Indian journal of veterinary science and animal husbandry - Volumes 24-25, 1954-1955
Year: 1954
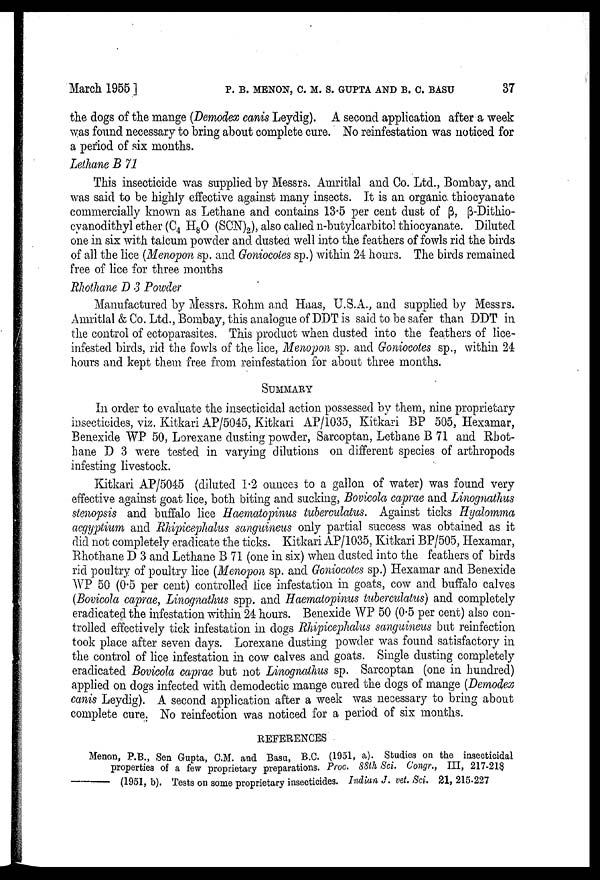
March 1955] P. B. MENON, C. M. S. GUPTA AND B. C. BASU 37
the dogs of the mange (Demodex canis Leydig). A second application after a week
was found necessary to bring about complete cure. No reinfestation was noticed for
a period of six months.
Lethane B 71
This insecticide was supplied by Messrs. Amritlal and Co. Ltd., Bombay, and
was said to be highly effective against many insects. It is an organic thiocyanate
commercially known as Lethane and contains 13.5 per cent dust of β, β-Dithio-
cyanodithyl ether (C 4 H 8 O (SCN) 2 ), also called n-butylcarbitol thiocyanate. Diluted
one in six with talcum powder and dusted well into the feathers of fowls rid the birds
of all the lice (Menopon sp. and Goniocotes sp.) within 24 hours. The birds remained
free of lice for three months
Rhothane D 3 Powder
Manufactured by Messrs. Rohm and Haas, U.S.A., and supplied by Messrs.
Amritlal & Co. Ltd., Bombay, this analogue of DDT is said to be safer than DDT in
the control of ectoparasites. This product when dusted into the feathers of lice-
infested birds, rid the fowls of the lice, Menopon sp. and Goniocotes sp., within 24
hours and kept them free from reinfestation for about three months.
SUMMARY
In order to evaluate the insecticidal action possessed by them, nine proprietary
insecticides, viz. Kitkari AP/5045, Kitkari AP/1035, Kitkari BP 505, Hexamar,
Benexide WP 50, Lorexane dusting powder, Sarcoptan, Lethane B 71 and Rhot
hane D 3 were tested in varying dilutions on different species of arthropods
infesting livestock.
Kitkari AP/5045 (diluted 1.2 ounces to a gallon of water) was found very
effective against goat lice, both biting and sucking, Bovicola caprae and Linognathus
stenopsis and buffalo lice Haematopinus tuberculatus. Against ticks Hyalomma
aegyptium and Rhipicephalus sanguineus only partial success was obtained as it
did not completely eradicate the ticks. Kitkari AP/1035, Kitkari BP/505, Hexamar,
Rhothane D 3 and Lethane B 71 (one in six) when dusted into the feathers of birds
rid poultry of poultry lice (Menopon sp. and Goniocotes sp.) Hexamar and Benexide
WP 50 (0.5 per cent) controlled lice infestation in goats, cow and buffalo calves
(Bovicola caprae, Linognathus spp. and Haematopinus tuberculatus) and completely
eradicated the infestation within 24 hours. Benexide WP 50 (0.5 per cent) also con
trolled effectively tick infestation in dogs Rhipicephalus sanguineus but reinfection
took place after seven days. Lorexane dusting powder was found satisfactory in
the control of lice infestation in cow calves and goats. Single dusting completely
eradicated Bovicola caprae but not Linognathus sp. Sarcoptan (one in hundred)
applied on dogs infected with demodectic mange cured the dogs of mange (Demodex
canis Leydig). A second application after a week was necessary to bring about
complete cure. No reinfection was noticed for a period of six months.
REFERENCES
Menon, P.B., Sen Gupta, C.M. and Basu, B.C. (1951, a). Studies on the insecticidal
properties of a few proprietary preparations. Proc. 88th Sci. Congr., III, 217-218
——(1951,
b). Tests on some proprietary insecticides. Indian J. vet. Sci. 21, 215-227